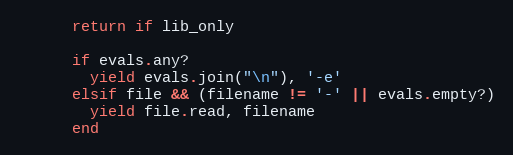
Language: Ruby
      return if lib_only

      if evals.any?
        yield evals.join("\n"), '-e'
      elsif file && (filename != '-' || evals.empty?)
        yield file.read, filename
      end